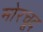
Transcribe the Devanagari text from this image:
मोरचूद